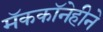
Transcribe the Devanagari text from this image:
मॅककॉनेहीने